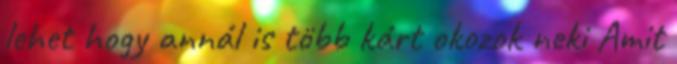
lehet hogy annál is több kárt okozok neki Amit